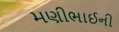
મણીભાઈની